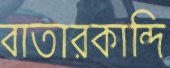
বাতারকান্দি